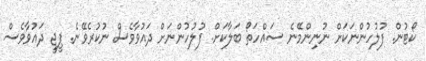
ކޯޓުން. ފުލުުހުންނަކަށް ނުނިންމޭނެ ސައްހަތޯ ބަލާކަށް. ފުލުހުންނަށް ދައުވާވެސް ނުކުރެވޭނެ. ޕީޖީ ދައުވާވެސް